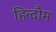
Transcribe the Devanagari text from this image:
हिन्दौम